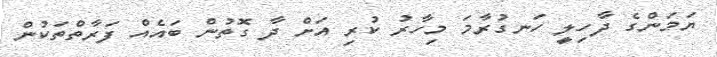
ޔަމަންގެ ދާހިލީ ހަނގުރާމަ މިހާރު ކުރި އަށް ދާ ގޮތުން ބައެއް ފަރާތްތަކުން